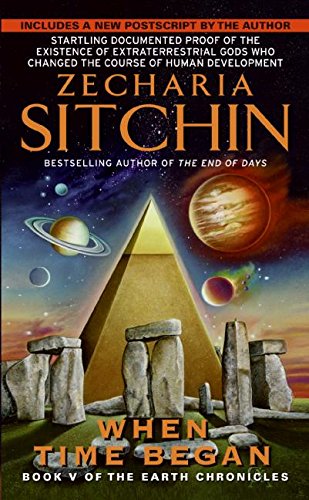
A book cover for When Time Began: Book V of the Earth Chronicles (The Earth Chronicles); Zecharia Sitchin; Science & Math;